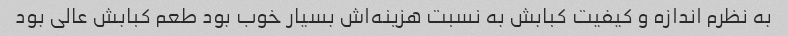
به نظرم اندازه و کیفیت کبابش به نسبت هزینه‌اش بسیار خوب بود طعم کبابش عالی بود